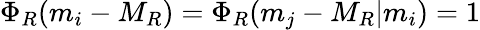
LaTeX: \Phi_{R}(m_{i}-M_{R})=\Phi_{R}(m_{j}-M_{R}\vert m_{i})=1